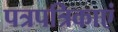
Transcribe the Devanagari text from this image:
पत्रपत्रिकाएं